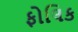
ફોલિક